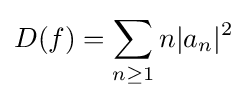
D(f)=\sum _{n\geq 1}n|a_{n}|^{2}